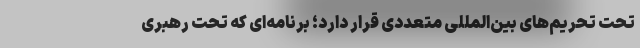
تحت تحریم‌های بین‌المللی متعددی قرار دارد؛ برنامه‌ای که تحت رهبری